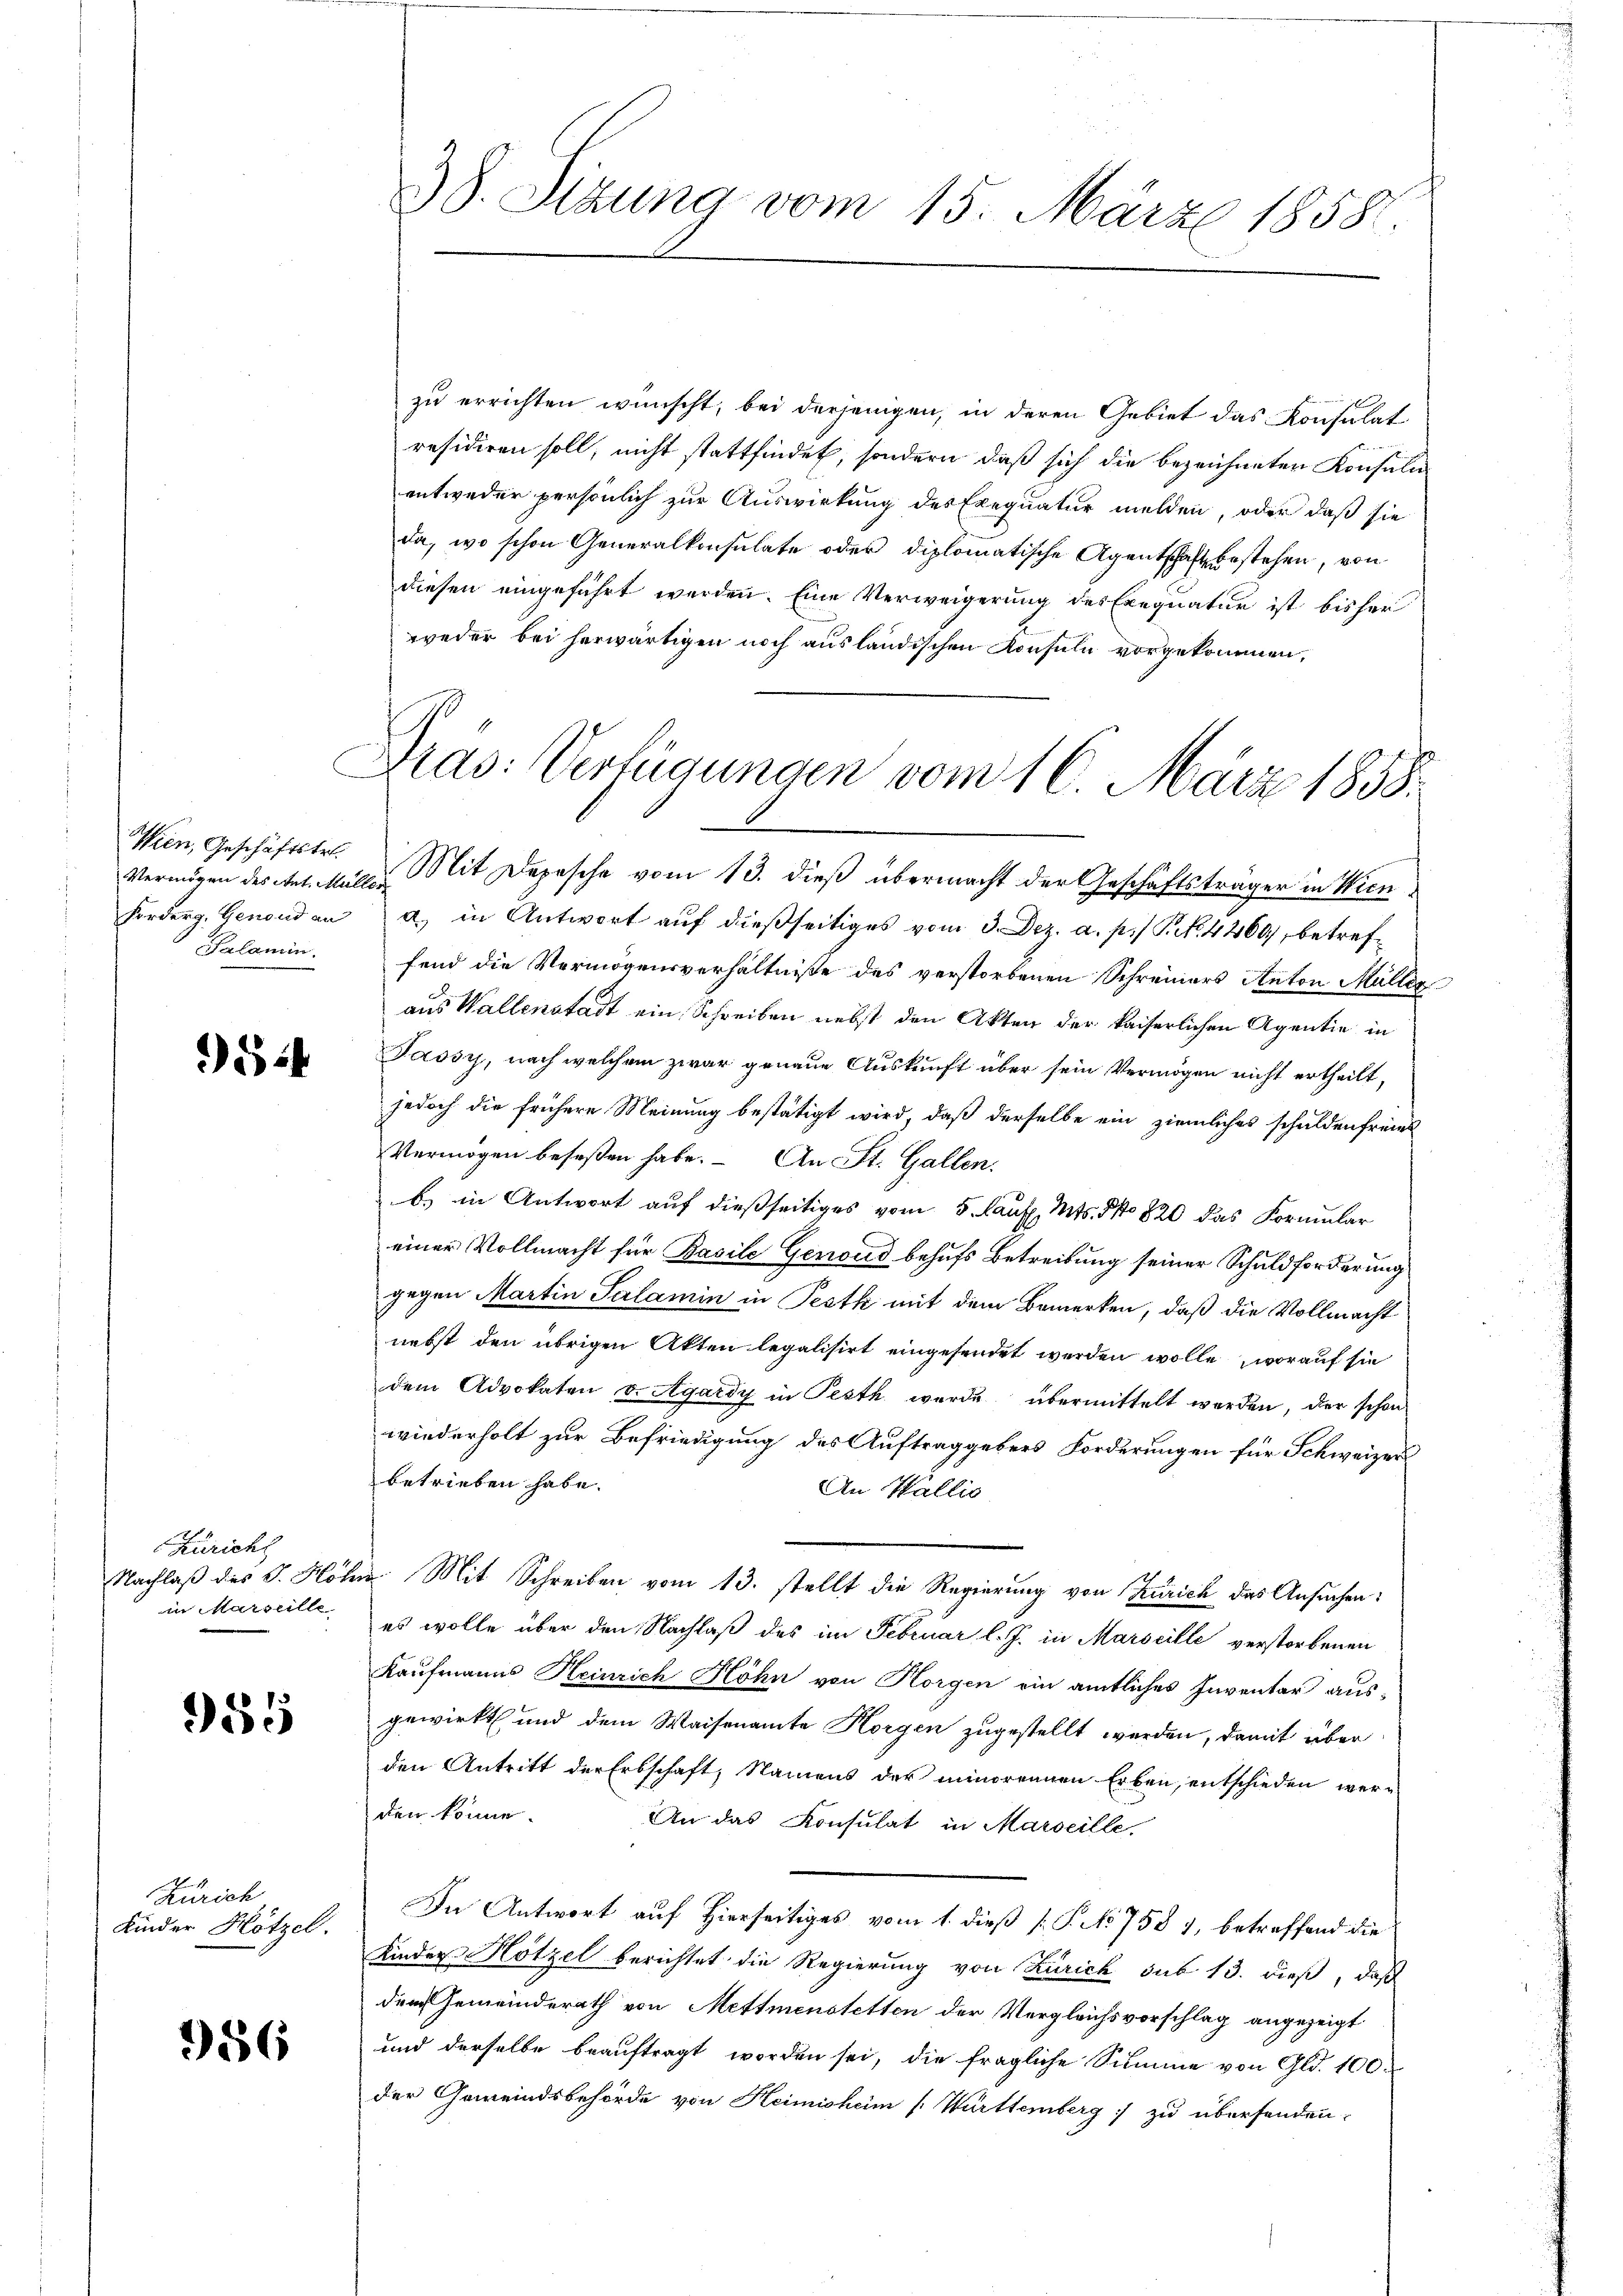
Wien, Geschäftstr.
Vermögen des Ant. Mülle
Forderg. Genond an
alamin.

52

Züricht
Nachlaß des S. Hot
in Marseille

955

Zürich
Kinder Hötzel.

386

zu errichten wünscht, bei derjenigen, in deren Gebiet das Konsulat
räsidiren soll, nicht stattfindet, sondern, daß sich die bezeichneten Konsuln
entweder persönlich zur Auswirkung des Exequatur melden, oder daß sie
da, wo schon Generalkonsulate oder diplomatische Agentschaft bestehen, von
diesen eingeführt werden. Eine Verweigerung des Exequatur ist bisher
weder bei herwärtigen noch ausländischen Konsuln vorgekommen,

38. Sizung vom 15. März 1858.

Dras: Verfügungen vom 16. März 1858.

Mit Depesche vom 13. dieß übermacht der Geschäftsträger in Wiena) in Antwort auf dießseitiges vom 3. Dez. a. p.) P. N. 4460, betreffend die Vermögensverhältniße des verstorbenen Schreiners Anton Müller
aus Wallenstadt ein Schreiben nebst den Akten der kaiserlichen Agentie in
Jassy, nach welchem zwar genaue Auskunft über sein Vermögen nicht ertheilt,
jedoch die frühere Meinung bestätigt wird, daß derselbe ein ziemliches schulden freies
Vermögen beseßen habe. An St. Gallen,
b) in Antwort auf dießseitiges vom 5. lauf. Mts. No 820 das Formular
einer Vollmacht für Bacile Genoud behufs Betreibung seiner Schuldforderung
gegen Martin Salamin in Pestk mit dem Bemerken, daß die Vollmacht
nebst den übrigen Akten legalisirt eingesendet werden wolle, worauf sie
dem Advokaten v. Agardy in Pesth wurde übermittelt worden, der schon
wiederholt zur Befriedigung des Auftraggebens Forderungen für Schweizer
betrieben habe.
An Wallis
u Mit Schreiben vom 13. stellt die Regierung von Zürich des Ansuchen:
es wolle über den Nachlaß des im Februar l. J. in Marscille verstorbenen
Kaufmanns Heinrich Höhn von Horgen ein amtliches Inventar ausgewirkt und dem Waisenamte Horgen zugestellt werden, damit über
den Antritt der Erbschaft, Namens der minorennen Erben, entschieden werden könne.
An das Konsulat in Marseille,
In Antwort auf Hierseitiges vom 1. dieß P. No 758 1, betreffend die
Kinder Hötzel berichtet die Regierung von Zürich sub 13. dieß, daß
dem Gemeinderath von Mettmenstetten der Vergleichsvorschlag angezeigt
und derselbe beauftragt worden sei, die fragliche Summe von Gld. 100.
der Gemeindsbehörde von Heimisheim Württemberg zu übersenden.